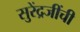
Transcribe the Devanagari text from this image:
सुरेंद्रजींची